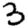
Digit: 3